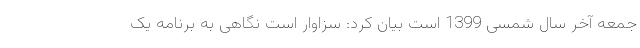
جمعه آخر سال شمسی 1399 است بیان کرد: سزاوار است نگاهی به برنامه یک